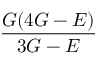
\frac { G ( 4 G - E ) } { 3 G - E }